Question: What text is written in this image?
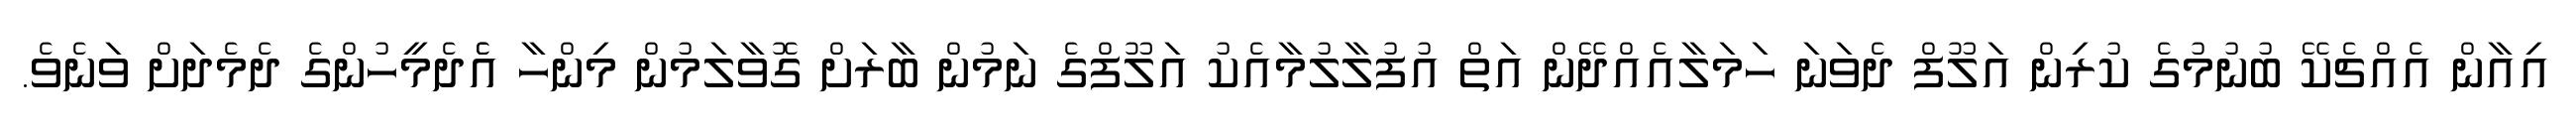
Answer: އިއާން އެއްޗެކޭ ބުނުމުގެ ކުރިން އަލޫފް ދެވަނަ ހަމަލާއެއްދޭން އަތް އުފުލާލުމާއެކު އަލޫފްގެ ނަމުން ބާރަށް ގޮވާލަމުން މިންހާ އެެދެމީހުންގެ ދެމެދަށް ވަނެވެ.